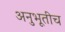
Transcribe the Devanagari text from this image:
अनुभूतीच